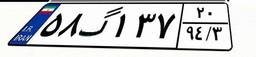
۵۸گ۱۳۷۲۰